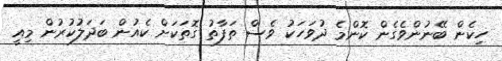
ހިކެން ބޭނުންވެގެން ކޮންމެ ދުވަހަކު ވެސް ތަފާތު ގޮތަކަށް ކެއުން ބަދަލުކުރުން މިއީ